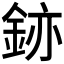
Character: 𫒚